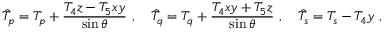
\hat { T } _ { p } = T _ { p } + \frac { T _ { 4 } z - T _ { 5 } x y } { \sin \theta } \ , \quad \hat { T } _ { q } = T _ { q } + \frac { T _ { 4 } x y + T _ { 5 } z } { \sin \theta } \ , \quad \hat { T } _ { s } = T _ { s } - T _ { 4 } y \ ,